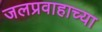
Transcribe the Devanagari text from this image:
जलप्रवाहाच्या